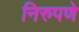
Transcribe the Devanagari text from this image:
निरुपणे